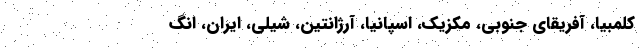
کلمبیا، آفریقای جنوبی، مکزیک، اسپانیا، آرژانتین، شیلی، ایران، انگ